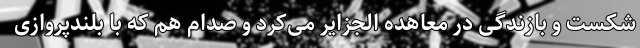
شکست و بازندگی در معاهده الجزایر می‌کرد و صدام هم که با بلندپروازی